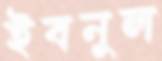
ইবনুল